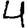
Digit: 4